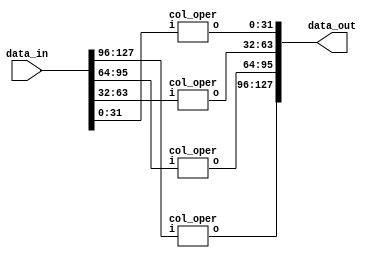

  
module inv_mix_columns(data_in,data_out);

input [0:127] data_in;
output [0:127] data_out;


    col_oper m1(data_in[0:31], data_out[0:31]);
    col_oper m2(data_in[32:63], data_out[32:63]);
    col_oper m3(data_in[64:95], data_out[64:95]);
    col_oper m4(data_in[96:127], data_out[96:127]);


endmodule
module col_oper(input[0:31] i, output reg[0:31] o);

wire[0:7] c0, c1, c2, c3;
wire [0:7] a0, a1, a2, a3;
  wire[0:7] b0, b1, b2, b3;
  wire[0:7] d0, d1, d2, d3;
  wire[0:7] e0, e1, e2, e3;


 assign       a0[0:7] = i[0:7];
  assign       a1[0:7] = i[8:15];
  assign       a2[0:7] = i[16:23];
   assign      a3[0:7] = i[24:31];
    mux_11 m0(a0,c0);
      mux_11 m1(a1,c1);
      mux_11 m2(a2,c2);
      mux_11 m3(a3,c3);  
  mux_9 m6(a0,b0);
  mux_9 m7(a1,b1);
  mux_9 m8(a2,b2);
  mux_9 m9(a3,b3);  
  mux_13 m10 (a0,d0);
  mux_13 m11(a1,d1);
  mux_13 m12(a2,d2);
  mux_13 m13(a3,d3);
  mux_14 m14(a0,e0);
  mux_14 m15(a1,e1);
  mux_14 m16(a2,e2);
  mux_14 m17(a3,e3);
    

always @ (*)

    begin
        
      o[0:7] = e0 ^ c1 ^d2 ^ b3;
      o[8:15] = b0 ^ e1 ^ c2 ^ d3;
      o[16:23] = d0 ^b1 ^ e2 ^ c3;
      o[24:31] = c0 ^ d1 ^ b2 ^ e3;

    end

endmodule

module mux_2 (data_in,data_out);
  input [0:7]data_in;
  output reg [0:7]data_out ;
  always @(*) begin
    if(data_in[0] == 1)
       data_out  = (data_in[0:7] << 1) ^ 8'h1b;
    else
       data_out = (data_in[0:7] << 1);
  end
endmodule

module mux_9(data_in,data_out);
  input[0:7] data_in;
  output [0:7]data_out;
  wire [0:7]temp ,temp1,temp2;
  
  mux_2 m1(data_in,temp);
  mux_2 m2(temp,temp1);
  mux_2 m3(temp1,temp2);
  assign data_out =data_in^temp2;
  
endmodule
module mux_11(data_in,data_out);
   input[0:7] data_in;
  output [0:7]data_out;
  wire [0:7] temp,temp1,temp2,temp3;
  
  mux_2 m1(data_in,temp);
  mux_2 m2(temp,temp1);
  assign temp2=temp1^data_in;
  mux_2 m3 (temp2,temp3);
  assign data_out=data_in^temp3;
endmodule

module mux_3(data_in,data_out );
  input[0:7] data_in;
  output [0:7]data_out;
  wire [0:7] temp;
  mux_2 m1(data_in,temp);
  assign data_out =data_in^temp;
endmodule

module mux_13(data_in,data_out);
   input[0:7] data_in;
  output [0:7]data_out;
  wire [0:7] temp,temp1,temp2,temp3;
  
  mux_2 m1(data_in,temp);
   assign temp1=temp^data_in;
  mux_2 m2(temp1,temp2);
 
  mux_2 m3 (temp2,temp3);
  assign data_out=data_in^temp3;
endmodule

module mux_14(data_in,data_out);
   input[0:7] data_in;
  output [0:7]data_out;
  wire [0:7] temp,temp1,temp2,temp3;
  
  mux_2 m1(data_in,temp);
   assign temp1=temp^data_in;
  mux_2 m2(temp1,temp2);
 assign temp3=temp2^data_in;
  mux_2 m3 (temp3,data_out);
  
endmodule